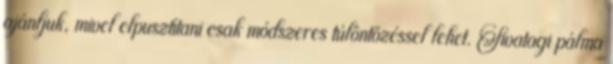
ajánljuk, mivel elpusztítani csak módszeres túlöntözéssel lehet. Sivatagi pálma